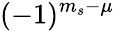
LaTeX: (-1)^{m_{s}-\mu}